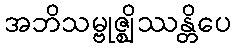
အဘိသမ္ဗုဇ္ဈိဿန္တိပေ